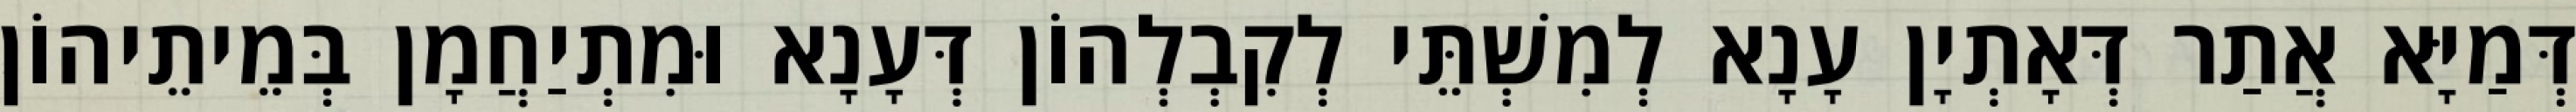
דְּמַיָּא אֲתַר דְּאָתְיָן עָנָא לְמִשְׁתֵּי לְקִבְלְהוֹן דְּעָנָא וּמִתְיַחֲמָן בְּמֵיתֵיהוֹן